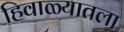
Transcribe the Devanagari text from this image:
हिवाळ्यातला